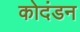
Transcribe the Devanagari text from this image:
कोदंडन